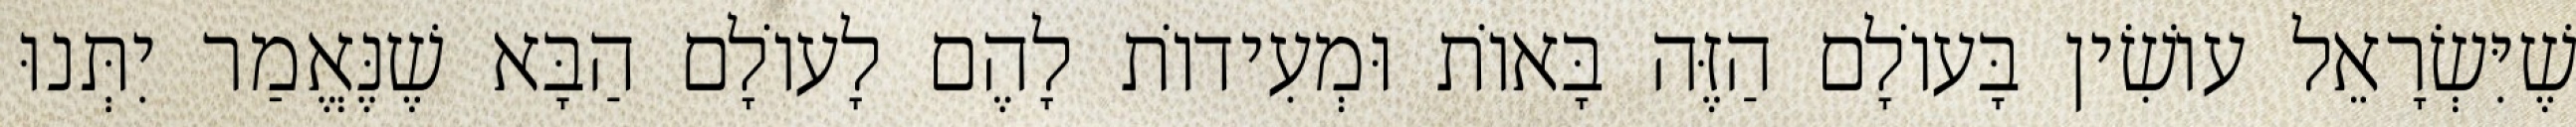
שֶׁיִּשְׂרָאֵל עוֹשִׂין בָּעוֹלָם הַזֶּה בָּאוֹת וּמְעִידוֹת לָהֶם לָעוֹלָם הַבָּא שֶׁנֶּאֱמַר יִתְּנוּ